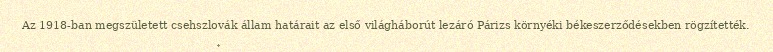
Az 1918-ban megszületett csehszlovák állam határait az első világháborút lezáró Párizs környéki békeszerződésekben rögzítették.